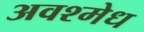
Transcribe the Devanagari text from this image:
अवश्मेध